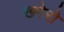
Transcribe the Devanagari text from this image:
ख्मेरो